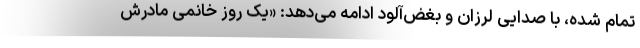
تمام شده، با صدایی لرزان و بغض‌آلود ادامه می‌دهد: «یک روز خانمی مادرش